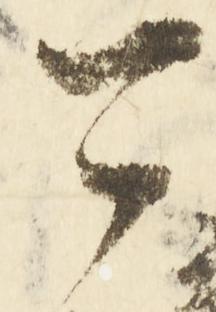
可